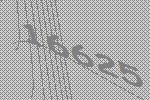
16625